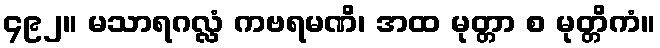
၄၉၂။ မသာရဂလ္လံ ကဗရမဏိ၊ အထ မုတ္တာ စ မုတ္တိကံ။